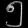
Digit: ၅